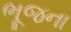
ભૂજના